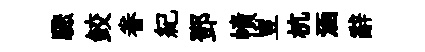
驟鲛眷紀鄧幘豈杭涵辭